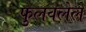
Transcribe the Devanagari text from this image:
फुलवलेले